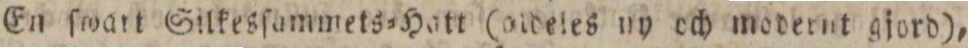
En ſwart Silkesſammets=Hatt (aldeles ny och modernt gjord),